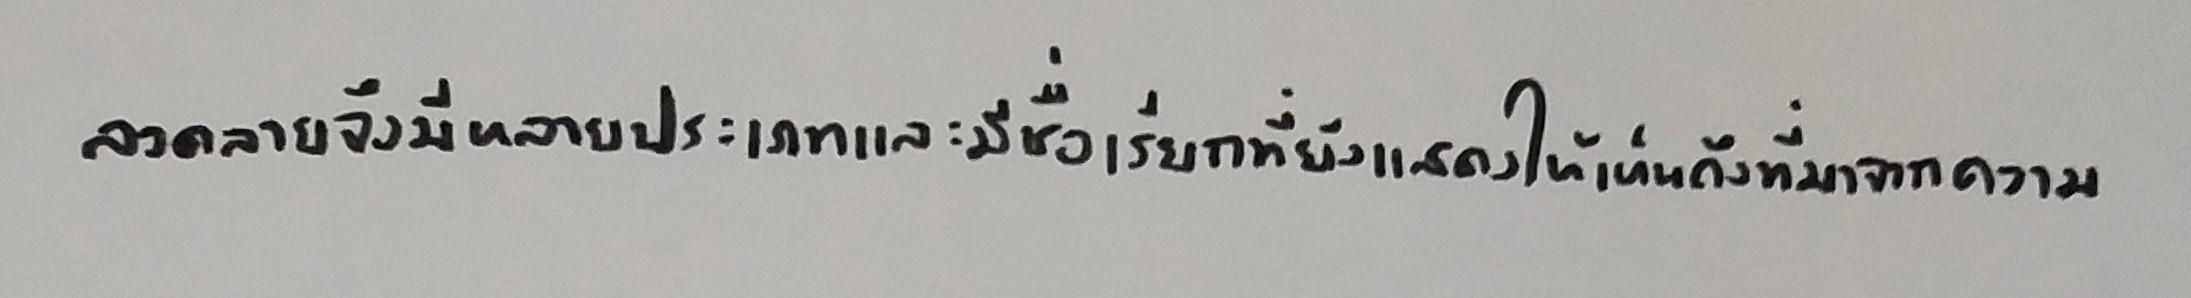
ลวดลายจึงมีหลายประเภทและมีชื่อเรียกที่ยังแสดงให้เห็นถึงที่มาจากความ